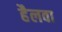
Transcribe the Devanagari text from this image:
हैलवा